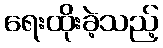
ရေးထိုးခဲ့သည့်